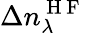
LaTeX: \Delta n_{\lambda}^{\mathrm{~H~F~}}